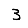
Digit: 3